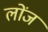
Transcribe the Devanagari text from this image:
लोंज